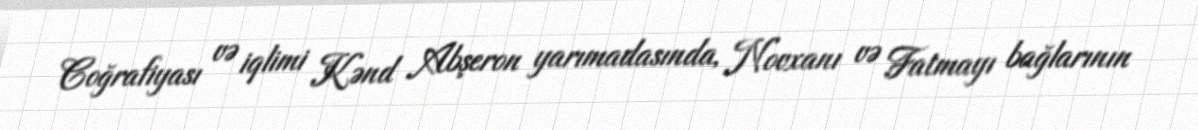
Coğrafiyası və iqlimi Kənd Abşeron yarımadasında, Novxanı və Fatmayı bağlarının